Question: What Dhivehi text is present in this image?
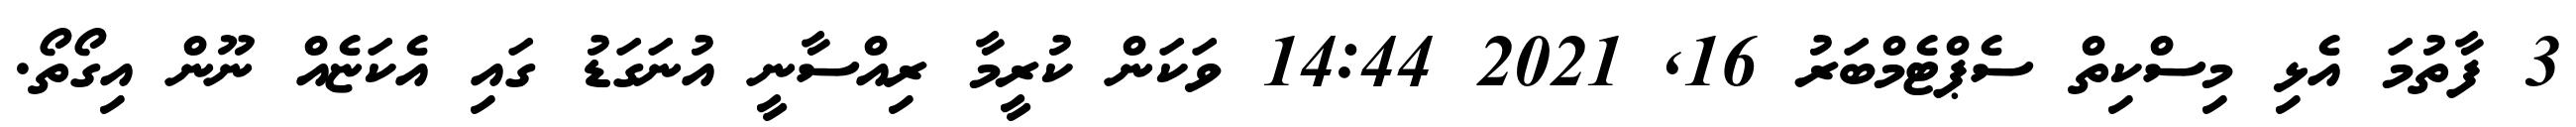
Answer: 3 ފާތުމަ އެޅި މިސްކިތް ސެޕްޓެމްބަރު 16, 2021 14:44 ވަކަން ކުރީމާ ރިއްސާނީ އުނަގަޑު ގައި އެކަޏެއް ނޫން އިގޯތޯ.